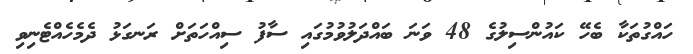
ހައްގުތަކާ ބެހޭ ކައުންސިލުގެ 48 ވަނަ ބައްދަލުވުމުގައި ސާފު ސިއްހަތަށް ރަނގަޅު ދެމެހެއްޓެނިވި